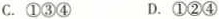
C.①③④ D.①②④